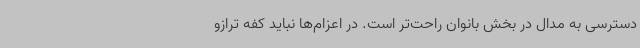
دسترسی به مدال در بخش بانوان راحت‌تر است. در اعزام‌ها نباید کفه ترازو